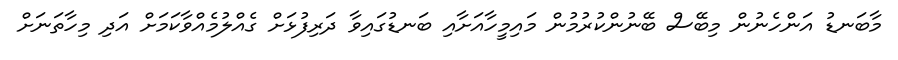
މާބަނޑު އަންހެނުން މިބޭސް ބޭނުންކުރުމުން މައިމީހާއަށާއި ބަނޑުގައިވާ ދަރިފުޅަށް ގެއްލުމެއްވާކަމަށް އަދި މިހާތަނަށް